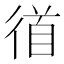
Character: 𭛼